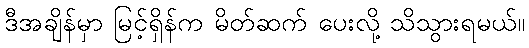
ဒီအချိန်မှာ မြင့်ရှိန်က မိတ်ဆက် ပေးလို့ သိသွားရမယ်။